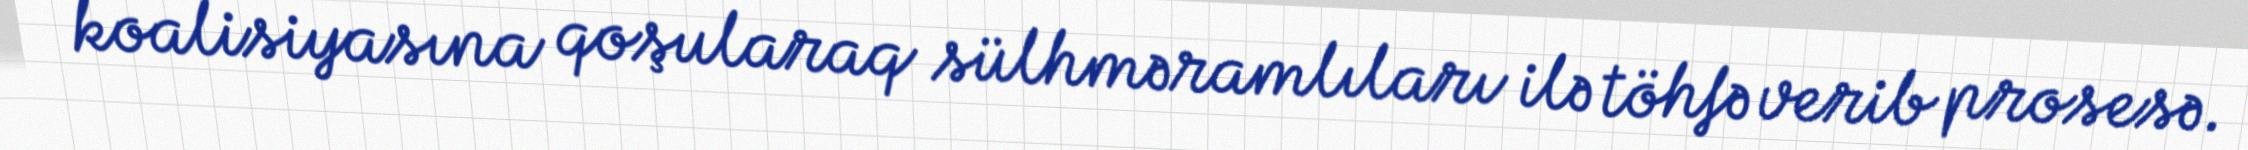
koalisiyasına qoşularaq sülhməramlıları ilə töhfə verib prosesə.